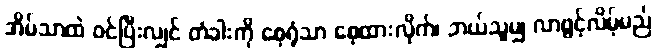
အိမ်သာထဲ ဝင်ပြီးလျှင် တံခါးကို စေ့ရုံသာ စေ့ထားလိုက်၊ ဘယ်သူမျှ လာဖွင့်လိမ့်မည်